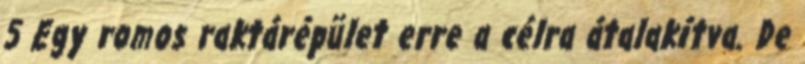
5 Egy romos raktárépület erre a célra átalakítva. De